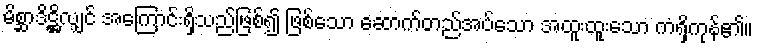
မိစ္ဆာဒိဋ္ဌိလျှင် အကြောင်းရှိသည်ဖြစ်၍ ဖြစ်သော ဆောက်တည်အပ်သော အထူးထူးသော ကံရှိကုန်၏။